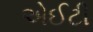
એઈટી